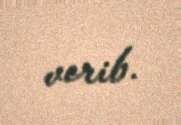
verib.